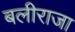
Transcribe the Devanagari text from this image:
बलीराजा